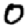
Digit: 0